EAOK_Sinod, lk 57
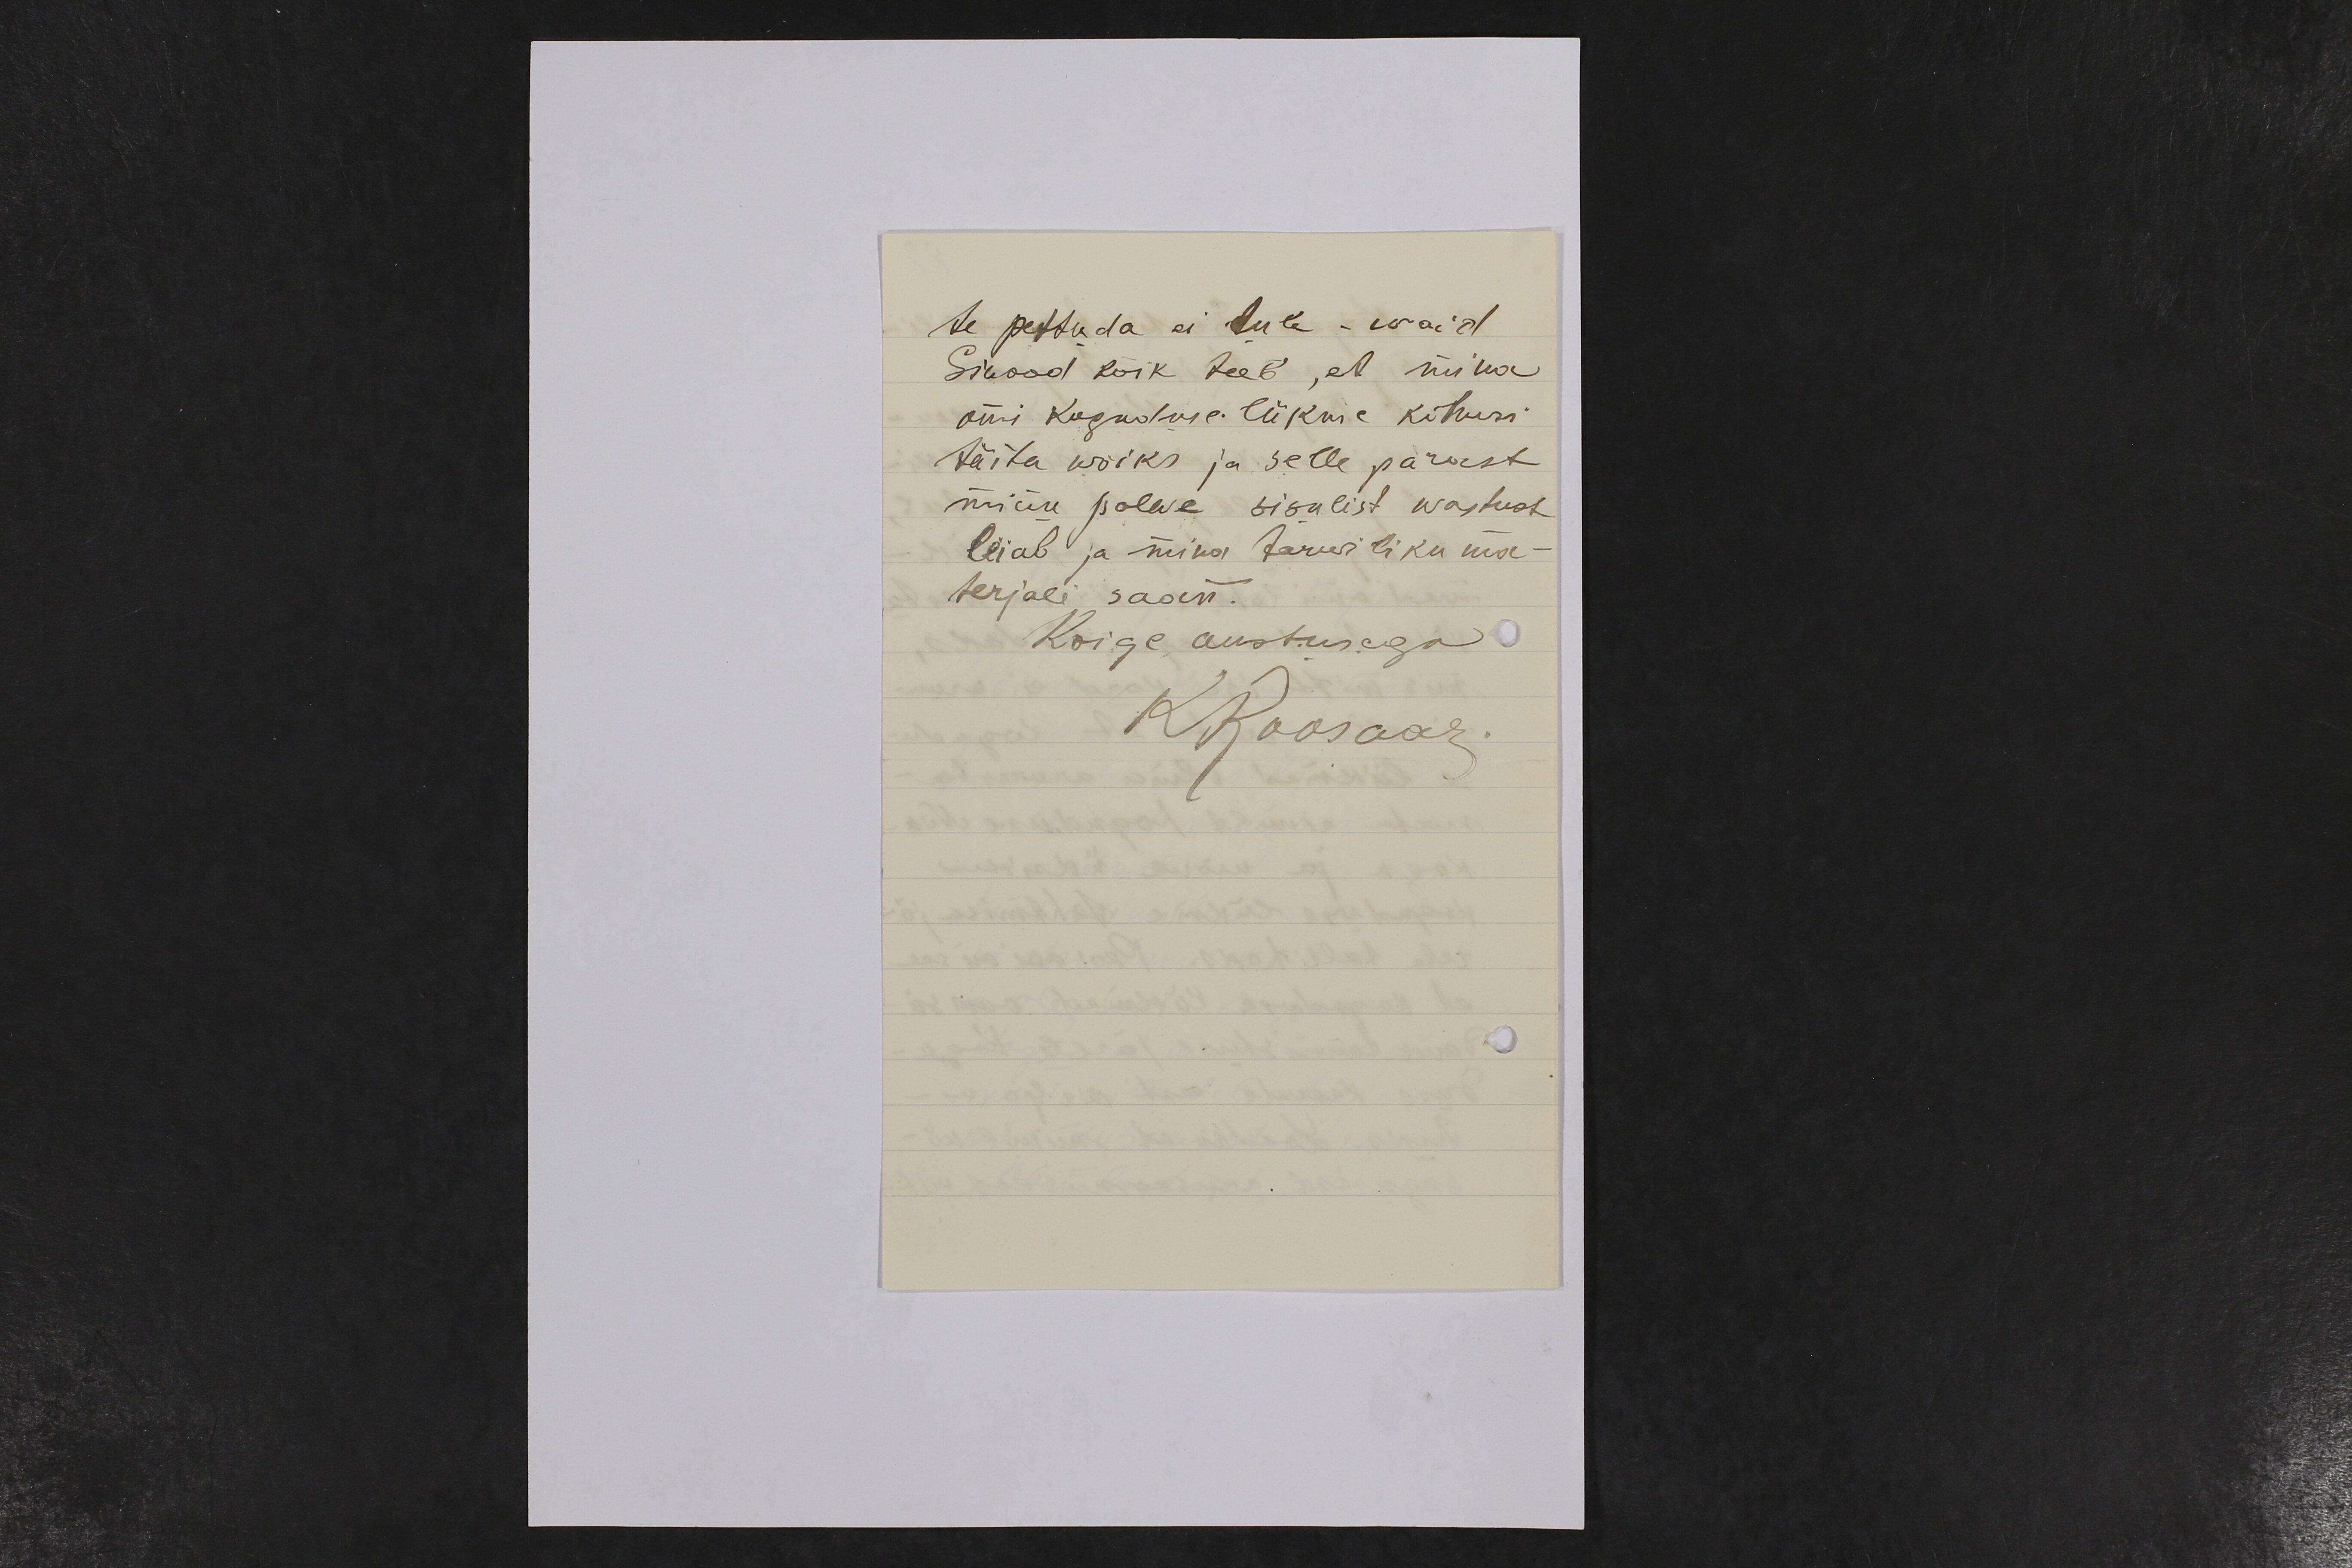
te pettuda ei tule - waid
Sinood kõik teeb, et mina
omi Koguduse liikme kohusi
täita wõiks ja selle pärast
minu palwe sisulist wastust
leiab ja mina tarwiliku ma-
terjali saan.
Koige austusega
KRoosaar .